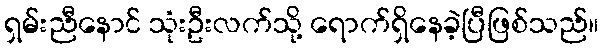
ရှမ်းညီနောင် သုံးဦးလက်သို့ ရောက်ရှိနေခဲ့ပြီဖြစ်သည်။